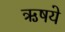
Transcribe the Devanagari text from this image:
ऋषये